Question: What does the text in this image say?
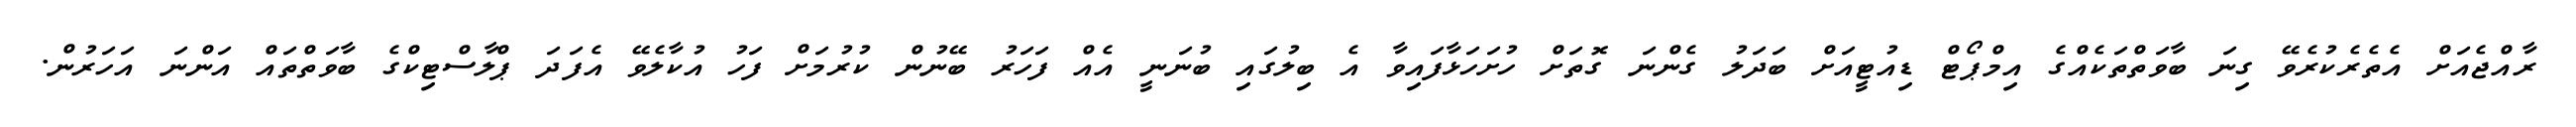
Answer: ރާއްޖެއަށް އެތެރެކުރެވޭ ގިނަ ބާވަތްތަކެއްގެ އިމްޕޯޓް ޑިއުޓީއަށް ބަދަލު ގެންނަ ގޮތަށް ހުށަހަޅާފައިވާ އެ ބިލުގައި ބުނަނީ އެއް ފަހަރު ބޭނުން ކުރުމަށް ފަހު އުކާލެވޭ އެފަދަ ޕްލާސްޓިކްގެ ބާވަތްތައް އަންނަ އަހަރުން.